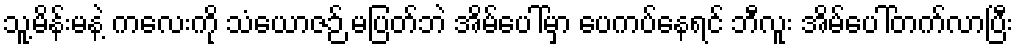
သူ့မိန်းမနဲ့ ကလေးကို သံယောဇဉ် မပြတ်ဘဲ အိမ်ပေါ်မှာ ပေကပ်နေရင် ဘီလူး အိမ်ပေါ်တက်လာပြီး